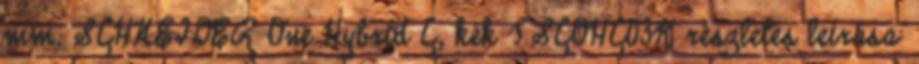
mm, SCHNEIDER One Hybrid C, kék TSCOHC03K részletes leírása: